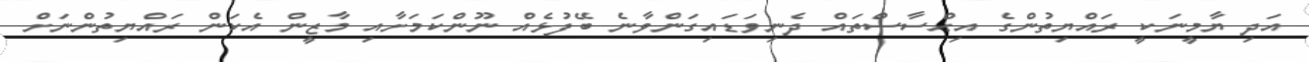
އަދި ޔާމީނަކީ ރައްޔިތުންގެ އިޙްސާސްތައް ދެނިވަޑައިގަންވާނެ ބޭފުޅެއް ނޫންކަމަށާއި މާޒީން އެކަން ރައްޔިތުންނަށް